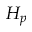
H _ { p }